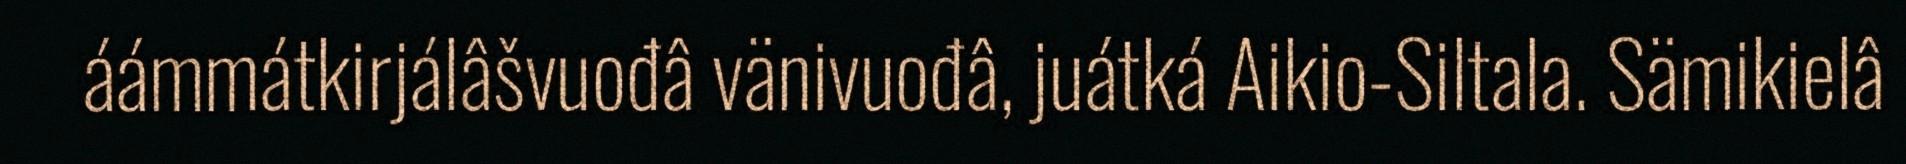
áámmátkirjálâšvuođâ vänivuođâ, juátká Aikio-Siltala. Sämikielâ